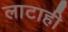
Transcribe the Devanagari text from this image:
लाटाही